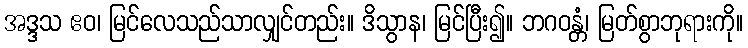
အဒ္ဒသ ဧဝ၊ မြင်လေသည်သာလျှင်တည်း။ ဒိသွာန၊ မြင်ပြီး၍။ ဘဂဝန္တံ၊ မြတ်စွာဘုရားကို။